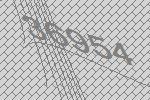
36954